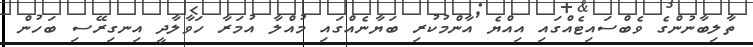
ތާލިބާނުންގެ ވެބްސައިޓެއްގައި އިއްޔެ އާންމުކުރި ބަޔާނެއްގައި މުއްލާ އުމަރާ ހަވާލާދީ އިނގިރޭސި ބަހުން